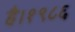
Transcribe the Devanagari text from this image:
है।१९८६